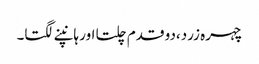
چہرہ زرد،دو قدم چلتا اور ہانپنے لگتا۔